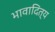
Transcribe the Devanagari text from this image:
भावादित्य